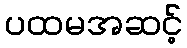
ပထမအဆင့်